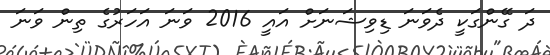
ދަ ގޭންގަކީ ދެވަނަ ޑިވިޝަނަށް އައީ 2016 ވަނަ އަހަރުގެ ތިން ވަނަ